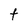
Character: t